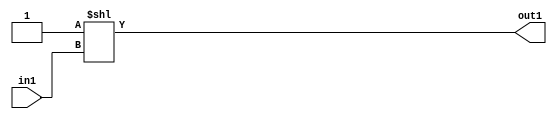
`timescale 1ps / 1ps
/*****************************************************************************
    Verilog RTL Description
    
    
    Created by: Stratus DpOpt 2019.1.01 
*******************************************************************************/

module DC_Filter_DECODE_2048U_15_4 (
	in1,
	out1
	); /* architecture "behavioural" */ 
input [10:0] in1;
output [2047:0] out1;
wire [2047:0] asc001;

assign asc001 = 2048'B00000000000000000000000000000000000000000000000000000000000000000000000000000000000000000000000000000000000000000000000000000000000000000000000000000000000000000000000000000000000000000000000000000000000000000000000000000000000000000000000000000000000000000000000000000000000000000000000000000000000000000000000000000000000000000000000000000000000000000000000000000000000000000000000000000000000000000000000000000000000000000000000000000000000000000000000000000000000000000000000000000000000000000000000000000000000000000000000000000000000000000000000000000000000000000000000000000000000000000000000000000000000000000000000000000000000000000000000000000000000000000000000000000000000000000000000000000000000000000000000000000000000000000000000000000000000000000000000000000000000000000000000000000000000000000000000000000000000000000000000000000000000000000000000000000000000000000000000000000000000000000000000000000000000000000000000000000000000000000000000000000000000000000000000000000000000000000000000000000000000000000000000000000000000000000000000000000000000000000000000000000000000000000000000000000000000000000000000000000000000000000000000000000000000000000000000000000000000000000000000000000000000000000000000000000000000000000000000000000000000000000000000000000000000000000000000000000000000000000000000000000000000000000000000000000000000000000000000000000000000000000000000000000000000000000000000000000000000000000000000000000000000000000000000000000000000000000000000000000000000000000000000000000000000000000000000000000000000000000000000000000000000000000000000000000000000000000000000000000000000000000000000000000000000000000000000000000000000000000000000000000000000000000000000000000000000000000000000000000000000000000000000000000000000000000000000000000000000000000000000000000000000000000000000000000000000000000000000000000000000000000000000000000000000000000000000000000000000000000000000000000000000000000000000000000000000000000000000000000000000000000000000000000000000000000000000000000000000000000000000000000001
    << in1;

assign out1 = asc001;
endmodule

/* CADENCE  ubb1SwvY : u9/ySgnWtBlWxVPRXgAZ4Og= ** DO NOT EDIT THIS LINE ******/